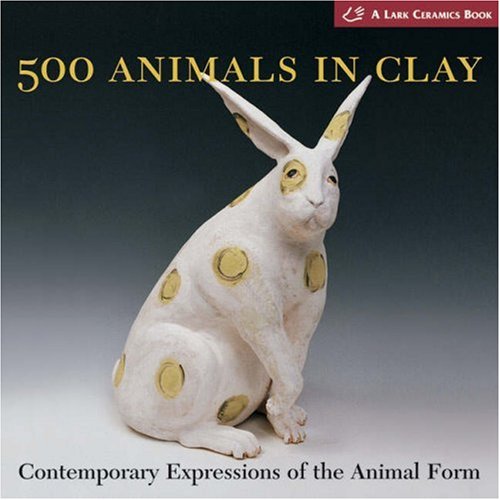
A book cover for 500 Animals in Clay: Contemporary Expressions of the Animal Form (500 Series); Lark Books; Crafts, Hobbies & Home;